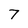
Character: 7